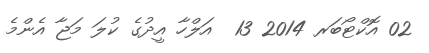
02 އޮކްޓޯބަރ 2014 13  އަލްހާ އީދުގެ ކުލަ މަޖާ އެންމެ